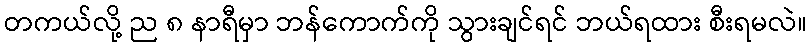
တကယ်လို့ ည ၈ နာရီမှာ ဘန်ကောက်ကို သွားချင်ရင် ဘယ်ရထား စီးရမလဲ။